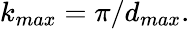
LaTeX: k_{max}=\pi/d_{max}.